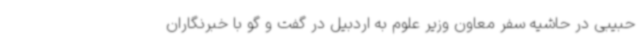
حبیبی در حاشیه سفر معاون وزیر علوم به اردبیل در گفت و گو با خبرنگاران